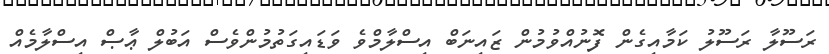
ރަސޫލާ ރަސޫލު ކަމާއިގެން ފޮނުއްވުމުން ޒައިނަބް އިސްލާމްވެ ވަޑައިގަތުމުންވެސް އަބުލް ޢާޞް އިސްލާމެއް